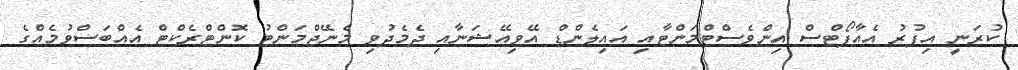
ކުރަނީ އިފުރު އެއާޕޯޓްސް އިންވެސްޓްމަންޓާއި އައިލެންޑް އޭވިއޭޝަނާއި ދެމެދުވި މެނޭޖްމަންޓު ކޮންޓްރެކްޓް އެއްބަސްވުމެއްގެ